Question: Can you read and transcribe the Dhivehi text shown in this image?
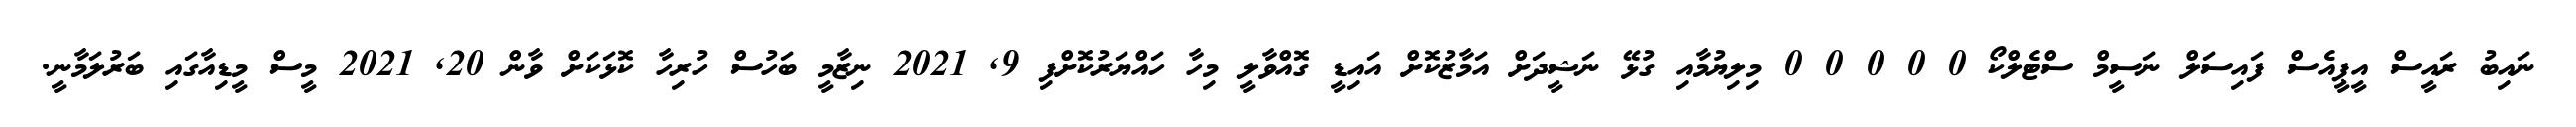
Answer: ނައިބު ރައީސް އީޕީއެސް ފައިސަލް ނަސީމް ސްޓެލްކޯ 0 0 0 0 0 މިލިޔުމާއި ގުޅޭ ނަޝީދަށް އަމާޒުކޮށް އައިޑީ ގޮއްވާލީ މިހާ ހައްޔަރުކޮށްފި 9, 2021 ނިޒާމީ ބަހުސް ހުރިހާ ކޮޅަކަށް ވާން 20, 2021 މީސް މީޑިއާގައި ބަރުލަމާނީ.